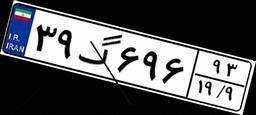
۸۳گ۰۵۳۲۰